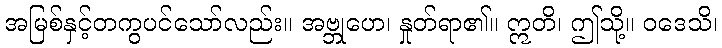
အမြစ်နှင့်တကွပင်သော်လည်း။ အဗ္ဘုဟေ၊ နှုတ်ရာ၏။ ဣတိ၊ ဤသို့။ ဝဒေသိ၊